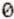
0